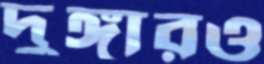
দুঙ্গারও